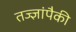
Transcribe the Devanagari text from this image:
तज्‍ज्ञांपैकी